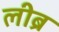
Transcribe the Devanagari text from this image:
लीब्र